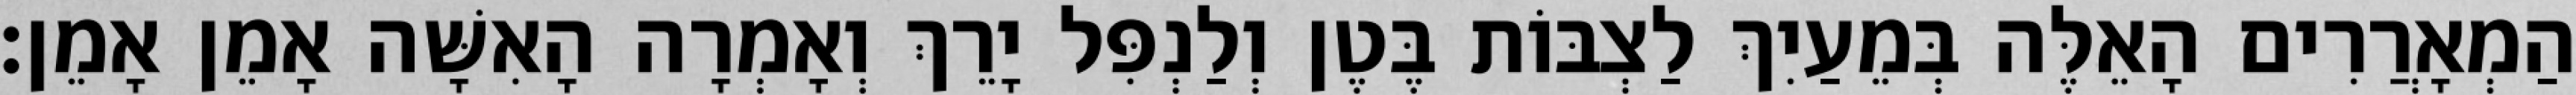
הַמְאָרֲרִים הָאֵלֶּה בְּמֵעַיִךְ לַצְבּוֹת בֶּטֶן וְלַנְפִּל יָרֵךְ וְאָמְרָה הָאִשָּׁה אָמֵן אָמֵן׃